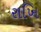
રાખિ